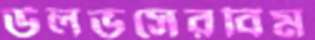
উলভসেরবিম